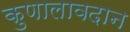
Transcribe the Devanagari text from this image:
कुणालावदान